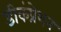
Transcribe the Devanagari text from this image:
डीकंप्रेशन